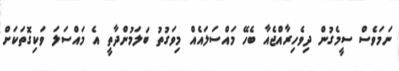
ނަމަވެސް ސީމެގުން ދިވެހިރާއްޖެއާ ބެހޭ މައްސަލައެއް މިވަގުތު ބަލަމުންދާތީ އެ މައްސަލަ ވަކިގޮތަކަށް